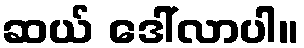
ဆယ် ဒေါ်လာပါ။